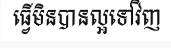
ធ្វើមិនបានល្អទៅវិញ